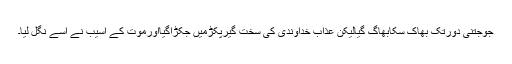
جوجتنی دورتک بھاک سکابھاگ گیالیکن عذاب خداوندی کی سخت گیرپکڑمیں جکڑاگیااورموت کے آسیب نے اسے نگل لیا۔